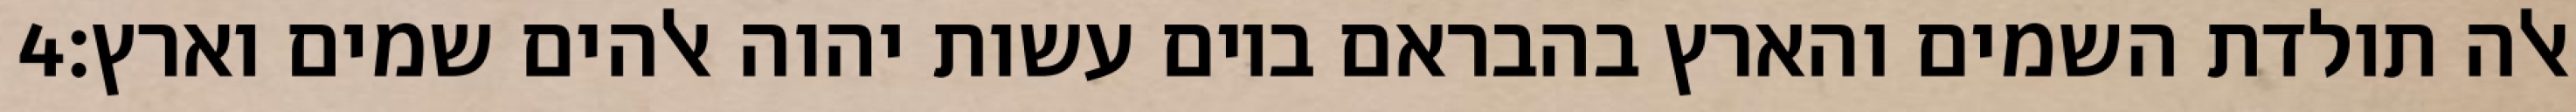
‎4‏ אלה תולדת השמים והארץ בהבראם ביום עשות יהוה אלהים שמים וארץ׃